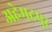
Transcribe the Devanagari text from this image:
अहेमदपुर